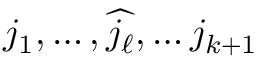
j _ { 1 } , \ldots , { \widehat { j _ { \ell } } } , \ldots j _ { k + 1 }